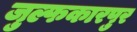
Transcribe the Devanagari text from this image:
जुल्फकारपुर